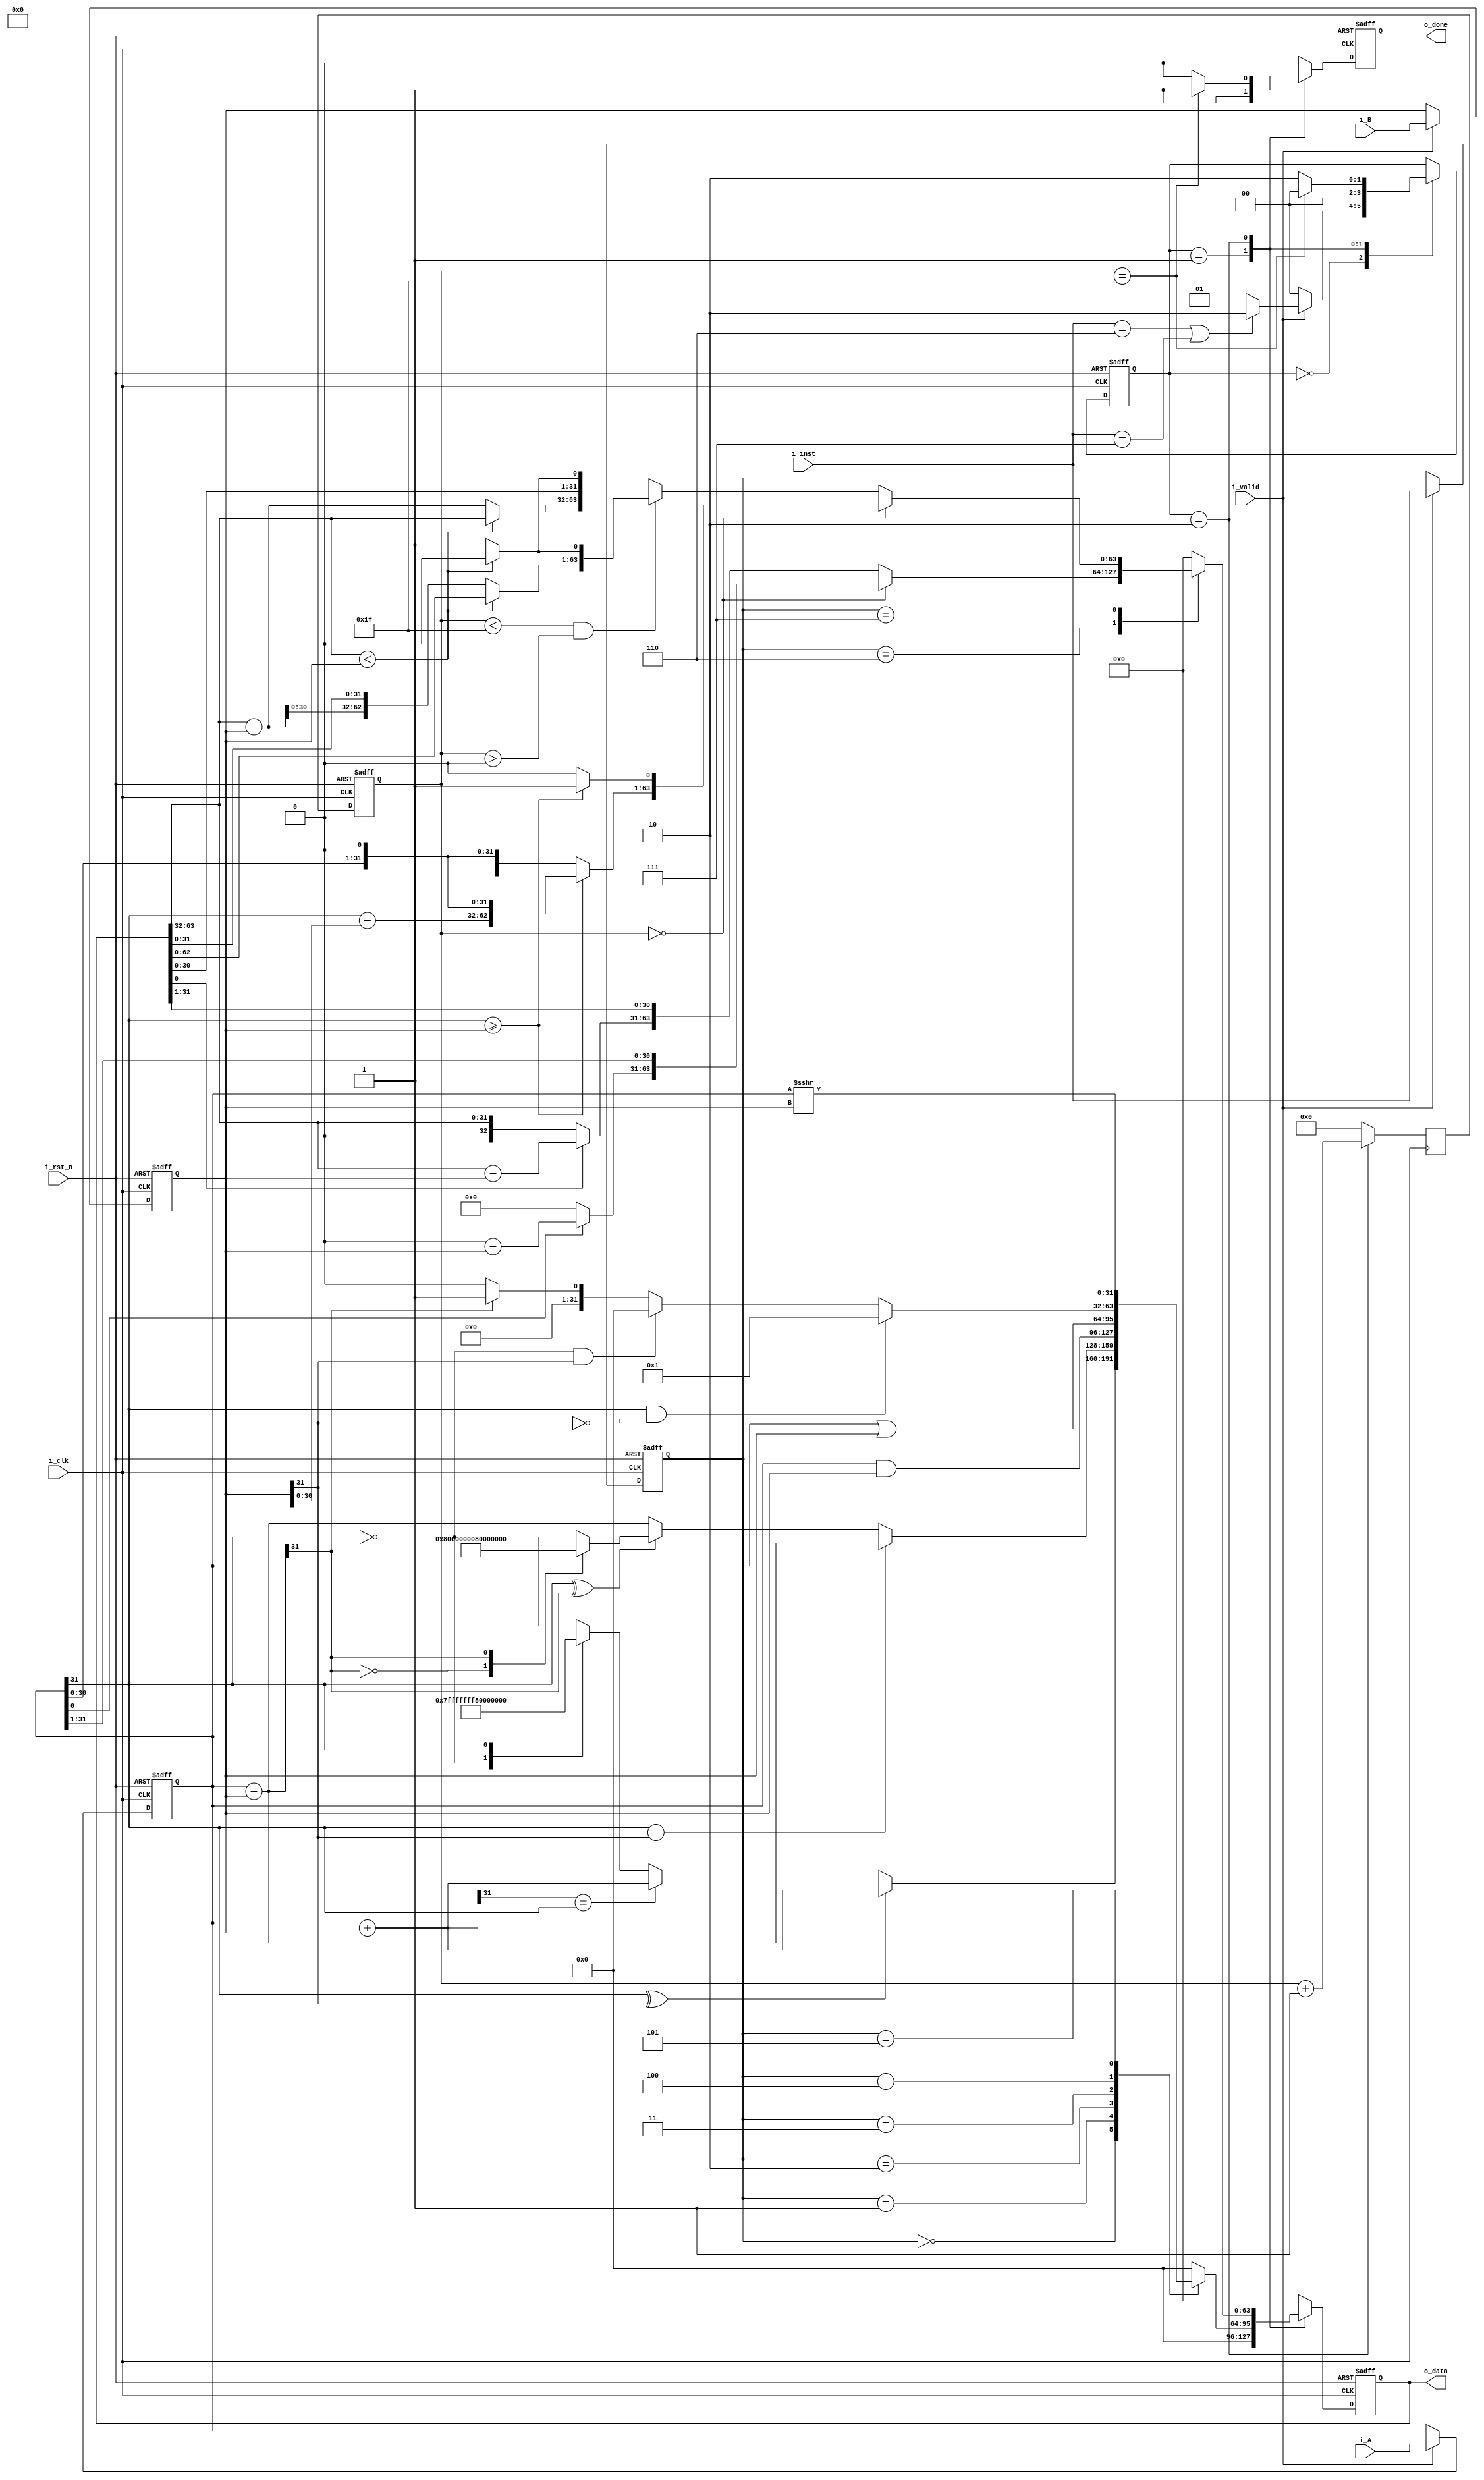
module ALU #(
    parameter DATA_W = 32
)
(
    input                       i_clk,   // clock
    input                       i_rst_n, // reset

    input                       i_valid, // input valid signal
    input [DATA_W - 1 : 0]      i_A,     // input operand A
    input [DATA_W - 1 : 0]      i_B,     // input operand B
    input [         2 : 0]      i_inst,  // instruction

    output [2*DATA_W - 1 : 0]   o_data,  // output value
    output                      o_done   // output valid signal
);
// Do not Modify the above part !!!

// Parameters
    // ======== choose your FSM style ==========
    // 1. FSM based on operation cycles
    parameter S_IDLE           = 2'd0;
    parameter S_ONE_CYCLE_OP   = 2'd1;
    parameter S_MULTI_CYCLE_OP = 2'd2;
    // 2. FSM based on operation modes
    // parameter S_IDLE = 4'd0;
    // parameter S_ADD  = 4'd1;
    // parameter S_SUB  = 4'd2;
    // parameter S_AND  = 4'd3;
    // parameter S_OR   = 4'd4;
    // parameter S_SLT  = 4'd5;
    // parameter S_SRA  = 4'd6;
    // parameter S_MUL  = 4'd7;
    // parameter S_DIV  = 4'd8;
    // parameter S_OUT  = 4'd9;

// Wires & Regs
    // Todo
    // state
    reg  [         1: 0] state, state_nxt; // remember to expand the bit width if you want to add more states!
    // load input
    reg  [  DATA_W-1: 0] operand_a, operand_a_nxt;
    reg  [  DATA_W-1: 0] operand_b, operand_b_nxt;
    reg  [         2: 0] inst, inst_nxt;
    reg  [         2*DATA_W-1:0] shift, shift_nxt;
    reg  [          4:0] counter, counter_nxt;
    reg  [         2*DATA_W-1:0] outcheck, outcheck_nxt;
    reg  output_done, output_done_nxt;
// Wire Assignments
    // Todo
    assign o_data = shift;
    assign o_done = output_done;
// Always Combination
    // load input
    always @(*) begin
        if (i_valid) begin
            operand_a_nxt = i_A;
            operand_b_nxt = i_B;
            inst_nxt      = i_inst;
        end
        else begin
            operand_a_nxt = operand_a;
            operand_b_nxt = operand_b;
            inst_nxt      = inst;
        end
    end
    // Todo: FSM
    always @(*) begin
        case(state)
            S_IDLE           :begin
                if(i_valid) begin
                    if(i_inst==3'd6 |i_inst==3'd7)begin
                        state_nxt <= S_MULTI_CYCLE_OP;
                    end
                    else begin
                        state_nxt <= S_ONE_CYCLE_OP;
                    end
                end
                else begin
                    state_nxt <= S_IDLE;
                end
            end
            S_ONE_CYCLE_OP   :begin
                state_nxt <= S_IDLE;
            end
            S_MULTI_CYCLE_OP :begin
                state_nxt <= (counter == 5'd31)? S_IDLE : S_MULTI_CYCLE_OP;
            end
            default : state_nxt <= state;
        endcase
    end
    // Todo: Counter
    
    always @(posedge i_clk)begin
        case(state)
            S_MULTI_CYCLE_OP:begin
                    counter_nxt  = counter +5'd1 ;   
            end
            default:begin
                counter_nxt = 5'b00000;
            end
        endcase
    end
    // Todo: ALU output
    always @(*)begin
        shift_nxt[2*DATA_W-1:0]=0;
        case(state)
            S_ONE_CYCLE_OP:begin
                case(inst)
                    3'd0:begin
                        outcheck[DATA_W-1:0] = operand_a + operand_b;
                        if (operand_a[DATA_W-1]^operand_b[DATA_W-1])begin
                            shift_nxt[DATA_W-1:0] = outcheck[DATA_W-1:0];
                        end
                        else begin
                            if (outcheck[DATA_W-1] == operand_a[DATA_W-1])begin
                                shift_nxt[DATA_W-1:0] = outcheck[DATA_W-1:0];
                            end
                            else begin
                                case(operand_a[DATA_W-1])
                                    0:shift_nxt[DATA_W-1:0] = 32'h7fffffff;
                                    1: shift_nxt[DATA_W-1:0] = 32'h80000000;
                                endcase 
                            end
                        end
                    end
                    3'd1:begin
                        outcheck[DATA_W-1:0] = operand_a - operand_b;
                            if (operand_a[DATA_W-1] ==operand_b[DATA_W-1])begin
                                shift_nxt[DATA_W-1:0] = outcheck[DATA_W-1:0];
                            end
                            else begin
                                if(operand_a[DATA_W-1]^outcheck[DATA_W-1])begin
                                case(outcheck[DATA_W-1])
                                    0:shift_nxt[DATA_W-1:0]=32'h80000000;
                                    1:shift_nxt[DATA_W-1:0] = 32'h7fffffff;
                                endcase 
                                end
                                else begin
                                    shift_nxt[DATA_W-1:0] = outcheck[DATA_W-1:0];
                                end
                            end
                    end
                    3'd2:begin
                        shift_nxt[DATA_W-1:0] = operand_a[DATA_W-1:0] & operand_b[DATA_W-1:0];
                    end
                    3'd3:begin
                        shift_nxt[DATA_W-1:0] = operand_a[DATA_W-1:0] | operand_b[DATA_W-1:0];
                    end
                    3'd4:begin
                        if(operand_a[DATA_W-1]==1 && operand_b[DATA_W-1]==0)begin
                            shift_nxt[DATA_W-1:0] = 1;
                        end
                        else if(operand_a[DATA_W-1]==0 && operand_b[DATA_W-1]==1)begin
                            shift_nxt[DATA_W-1:0]  = 0;
                        end
                        else begin
                            outcheck_nxt[DATA_W-1:0] = operand_a[DATA_W-1:0] -operand_b[DATA_W-1:0];
                            if  (outcheck_nxt[DATA_W-1]==1)begin
                              shift_nxt[DATA_W-1:0] =1;
                            end
                            else begin
                              shift_nxt[DATA_W-1:0] =0;
                            end
                        end
                    end
                    3'd5:begin
                      shift_nxt[DATA_W-1:0] = $signed(operand_a[DATA_W-1:0])>>>operand_b[DATA_W-1:0];
                    end
                    default: begin
                      shift_nxt[2*DATA_W-1:0] = 0;
                    end
                endcase 
            end
            S_MULTI_CYCLE_OP:begin
                case(inst)
                    3'd6:begin
                        if(counter==5'b00000)begin
                          shift_nxt[DATA_W-1:0] =operand_a[DATA_W-1:0];
                          if(shift_nxt[0]==0)begin
                            shift_nxt[2*DATA_W-1:0] = shift_nxt[2*DATA_W-1:0]>>1;
                          end
                          else begin
                            shift_nxt[2*DATA_W-1:0] = shift_nxt[2*DATA_W-1:0]>>1;
                            shift_nxt[2*DATA_W-1:DATA_W-1] = shift_nxt[2*DATA_W-1:DATA_W-1]+operand_b[DATA_W-1:0];
                          end
                        end
                        else begin
                            if(shift[0]==0)begin
                                shift_nxt[2*DATA_W-1:0] = shift[2*DATA_W-1:0]>>1;
                            end
                            else begin
                                shift_nxt[2*DATA_W-1:0] = shift[2*DATA_W-1:0];
                                shift_nxt[2*DATA_W-1:0] = shift_nxt[2*DATA_W-1:0]>>1; 
                                shift_nxt[2*DATA_W-1:DATA_W-1] = shift_nxt[2*DATA_W-1:DATA_W-1]+operand_b[DATA_W-1:0];
                            end
                        end
                    end
                    3'd7:begin
                        
                        if(counter ==0)begin
                          shift_nxt[2*DATA_W-1:0] = operand_a[DATA_W-1:0]<<1;
                          if(shift_nxt[2*DATA_W-1:DATA_W]>=operand_b[DATA_W-1:0])begin
                            shift_nxt[2*DATA_W-1:DATA_W] = shift_nxt[2*DATA_W-1:DATA_W] - operand_b[DATA_W-1:0];
                            shift_nxt[2*DATA_W-1:0] = shift_nxt[2*DATA_W-1:0]<<1;
                            shift_nxt[0]=1;
                          end
                          else begin
                            shift_nxt[2*DATA_W-1:0] = shift_nxt[2*DATA_W-1:0]<<1;
                          end
                        end
                        else if (counter < DATA_W-1 && counter>0 )begin
                            if(shift[2*DATA_W-1:DATA_W]<operand_b[DATA_W-1:0])begin
                              shift_nxt[2*DATA_W-1:0] = shift[2*DATA_W-1:0]<<1;
                            end
                            else begin  
                              shift_nxt[2*DATA_W-1:0] = shift[2*DATA_W-1:0];
                              shift_nxt[2*DATA_W-1:DATA_W] = shift[2*DATA_W-1:DATA_W] - operand_b[DATA_W-1:0];
                              shift_nxt[2*DATA_W-1:0] = shift_nxt[2*DATA_W-1:0]<<1;
                              shift_nxt[0]=1;
                            end
                        end
                        else begin
                            if (shift[2*DATA_W-1:DATA_W]<operand_b[DATA_W-1:0])begin
                                shift_nxt[2*DATA_W-1:0]=shift[2*DATA_W-1:0];
                                shift_nxt[DATA_W-1:0] = shift[DATA_W-1:0]<<1;
                            end
                            else begin
                                shift_nxt[2*DATA_W-1:0] = shift[2*DATA_W-1:0];
                                shift_nxt[2*DATA_W-1:DATA_W] =shift[2*DATA_W-1:DATA_W] - operand_b[DATA_W-1:0];
                                shift_nxt[DATA_W-1:0] = shift_nxt[DATA_W-1:0]<<1;
                                shift_nxt[0]=1;
                            end
                        end
                    end
                    default: shift_nxt[2*DATA_W-1:0] = 0;
                endcase
            end
            default: shift_nxt[2*DATA_W-1:0]=0;
        endcase 



    end
    // Todo: output valid signal
    always @(*)begin
        case(state)
            S_IDLE :output_done_nxt =0;
            S_ONE_CYCLE_OP:output_done_nxt =1;
            S_MULTI_CYCLE_OP:begin
                if (counter == 5'd31)begin
                    output_done_nxt =1;
                end
                else begin
                    output_done_nxt =0;
                end
            end
            default: output_done_nxt=0;
        endcase
    end
    // Todo: Sequential always block
    always @(posedge i_clk or negedge i_rst_n) begin
        if (!i_rst_n) begin
            state       <= S_IDLE;
            operand_a   <= 0;
            operand_b   <= 0;
            inst        <= 0;
            output_done <=0;
            counter     <=0;
            shift <=0;
        end
        else begin
            state       <= state_nxt;
            operand_a   <= operand_a_nxt;
            operand_b   <= operand_b_nxt;
            inst        <= inst_nxt;
            counter <= counter_nxt;
            output_done <=output_done_nxt;
            shift <= shift_nxt;
        end
    end

endmodule